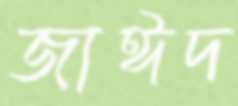
জাঈদ